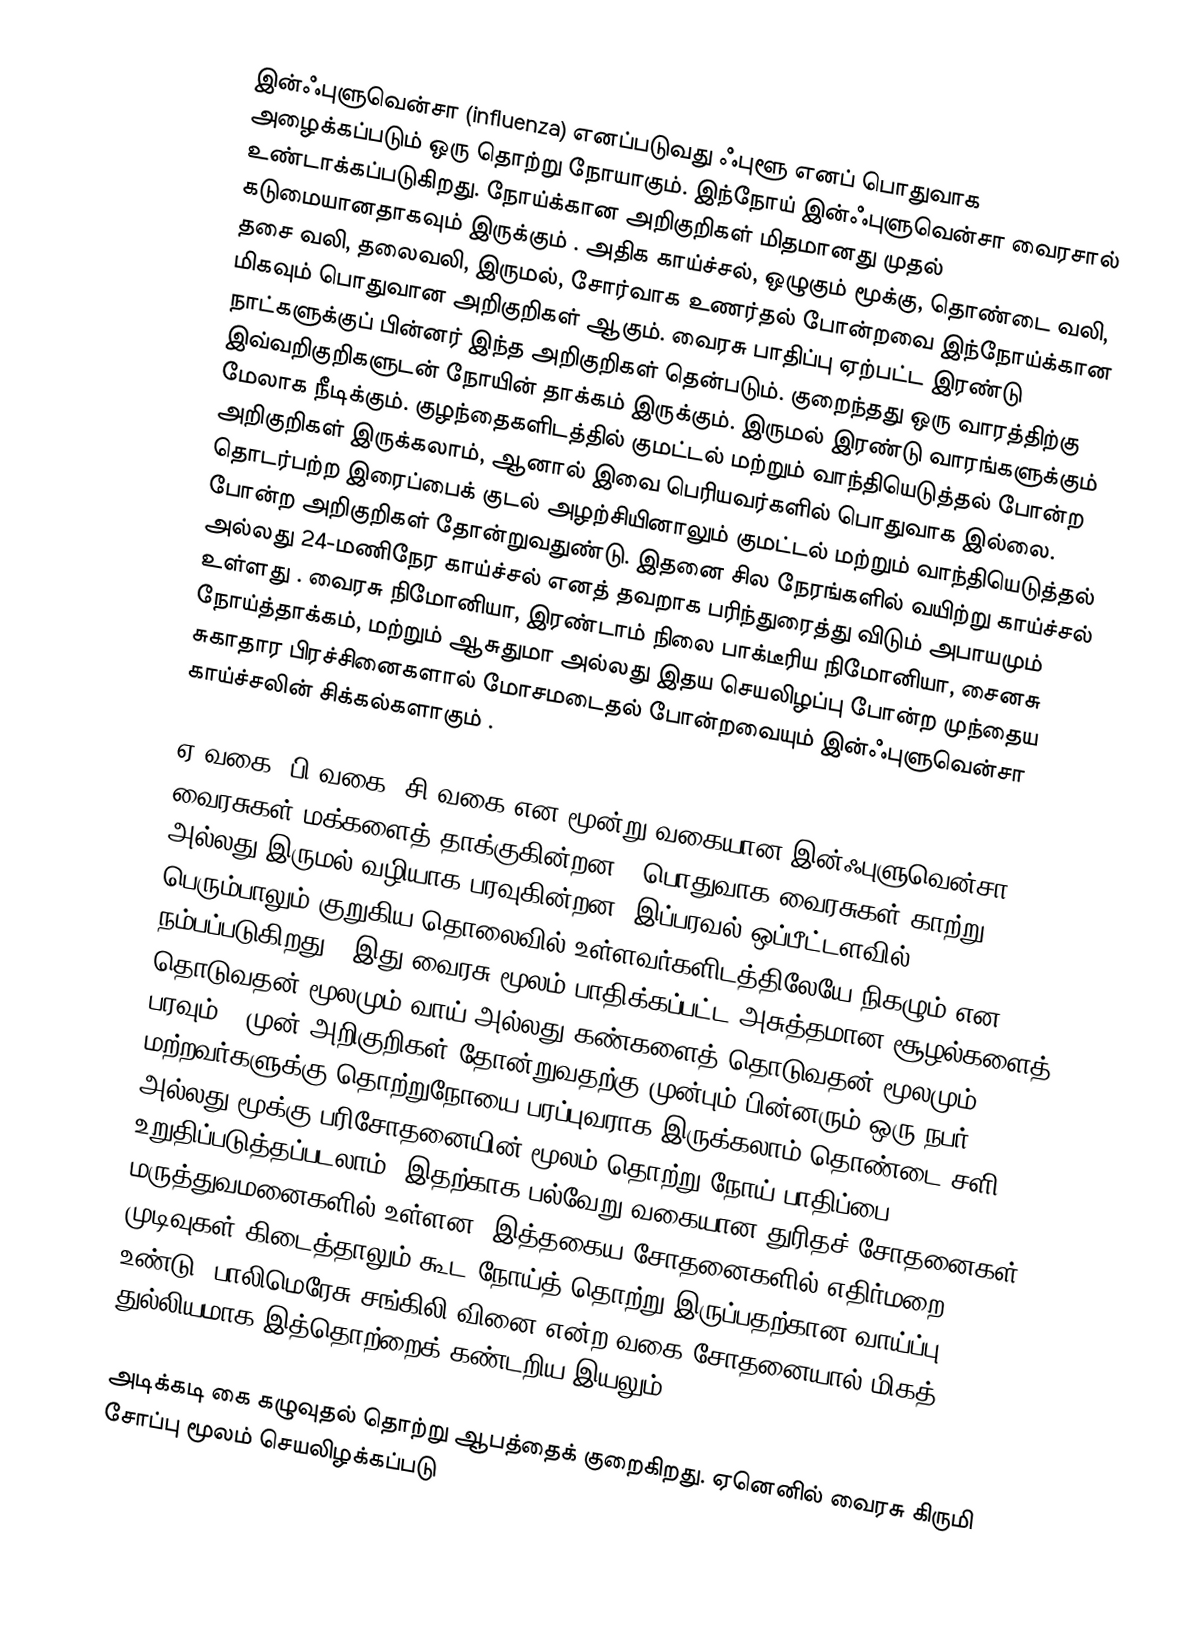
இன்ஃபுளுவென்சா (influenza) எனப்படுவது ஃபுளூ எனப் பொதுவாக அழைக்கப்படும் ஒரு தொற்று நோயாகும். இந்நோய் இன்ஃபுளுவென்சா வைரசால் உண்டாக்கப்படுகிறது. நோய்க்கான அறிகுறிகள் மிதமானது முதல் கடுமையானதாகவும் இருக்கும் . அதிக காய்ச்சல், ஒழுகும் மூக்கு, தொண்டை வலி, தசை வலி, தலைவலி, இருமல், சோர்வாக உணர்தல் போன்றவை இந்நோய்க்கான மிகவும் பொதுவான அறிகுறிகள் ஆகும். வைரசு பாதிப்பு ஏற்பட்ட இரண்டு நாட்களுக்குப் பின்னர் இந்த அறிகுறிகள் தென்படும். குறைந்தது ஒரு வாரத்திற்கு இவ்வறிகுறிகளுடன் நோயின் தாக்கம் இருக்கும். இருமல் இரண்டு வாரங்களுக்கும் மேலாக நீடிக்கும். குழந்தைகளிடத்தில் குமட்டல் மற்றும் வாந்தியெடுத்தல் போன்ற அறிகுறிகள் இருக்கலாம், ஆனால் இவை பெரியவர்களில் பொதுவாக இல்லை. தொடர்பற்ற இரைப்பைக் குடல் அழற்சியினாலும் குமட்டல் மற்றும் வாந்தியெடுத்தல் போன்ற அறிகுறிகள் தோன்றுவதுண்டு. இதனை சில நேரங்களில் வயிற்று காய்ச்சல் அல்லது 24-மணிநேர காய்ச்சல் எனத் தவறாக பரிந்துரைத்து விடும் அபாயமும் உள்ளது . வைரசு நிமோனியா, இரண்டாம் நிலை பாக்டீரிய நிமோனியா, சைனசு நோய்த்தாக்கம், மற்றும் ஆசுதுமா அல்லது இதய செயலிழப்பு போன்ற முந்தைய சுகாதார பிரச்சினைகளால் மோசமடைதல் போன்றவையும் இன்ஃபுளுவென்சா காய்ச்சலின் சிக்கல்களாகும் .

ஏ வகை, பி வகை, சி வகை என மூன்று வகையான இன்ஃபுளுவென்சா வைரசுகள் மக்களைத் தாக்குகின்றன . பொதுவாக வைரசுகள் காற்று அல்லது இருமல் வழியாக பரவுகின்றன. இப்பரவல் ஒப்பீட்டளவில் பெரும்பாலும் குறுகிய தொலைவில் உள்ளவர்களிடத்திலேயே நிகழும் என நம்பப்படுகிறது . இது வைரசு மூலம் பாதிக்கப்பட்ட அசுத்தமான சூழல்களைத் தொடுவதன் மூலமும் வாய் அல்லது கண்களைத் தொடுவதன் மூலமும் பரவும் . முன் அறிகுறிகள் தோன்றுவதற்கு முன்பும் பின்னரும் ஒரு நபர் மற்றவர்களுக்கு தொற்றுநோயை பரப்புவராக இருக்கலாம்.தொண்டை சளி அல்லது மூக்கு பரிசோதனையின்  மூலம் தொற்று நோய் பாதிப்பை  உறுதிப்படுத்தப்படலாம். இதற்காக பல்வேறு வகையான துரிதச் சோதனைகள் மருத்துவமனைகளில் உள்ளன. இத்தகைய சோதனைகளில் எதிர்மறை முடிவுகள் கிடைத்தாலும் கூட நோய்த் தொற்று இருப்பதற்கான வாய்ப்பு உண்டு. பாலிமெரேசு சங்கிலி வினை என்ற வகை சோதனையால் மிகத் துல்லியமாக இத்தொற்றைக் கண்டறிய இயலும்.

அடிக்கடி கை கழுவுதல் தொற்று ஆபத்தைக் குறைகிறது. ஏனெனில் வைரசு கிருமி சோப்பு மூலம் செயலிழக்கப்படு